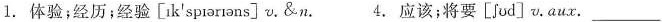
1.体验;经历;经验[īk'spiarrons] v.&n. 4. 应该;将要[Jod] v.aux. ______